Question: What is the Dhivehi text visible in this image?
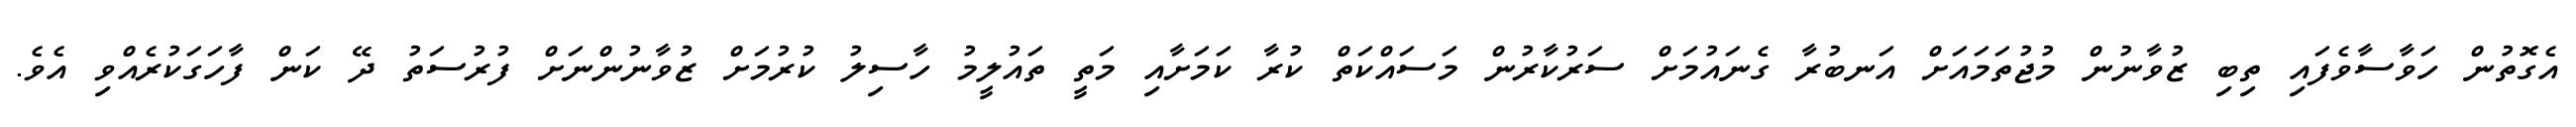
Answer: އެގޮތުން ހަވާސާވެފައި ތިބި ޒުވާނުން މުޖުތަމައަށް އަނބުރާ ގެނައުމަށް ސަރުކާރުން މަސައްކަތް ކުރާ ކަމަށާއި މަތީ ތައުލީމު ހާސިލު ކުރުމަށް ޒުވާނުންނަށް ފުރުސަތު ދޭ ކަން ފާހަގަކުރެއްވި އެވެ.